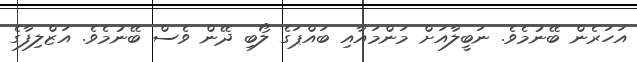
އަހަރެން ބޭނުމެވެ. ނަބީލާއަށް މަންމައާއި ބައްޕަގެ ލޯބި ދޭން ވެސް ބޭނުމެވެ. އަޒްލިފާގެ